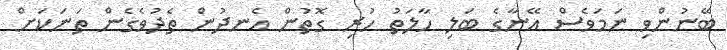
ބޭނުންވި ނަމަވެސް އޭނާގެ ބަލި ހާލަތު ހުރި ގޮތުން އެނދުން ތެދުވެގެން ތަނަކަށް